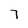
Character: 7